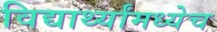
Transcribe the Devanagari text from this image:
विद्यार्थ्यांमध्येच